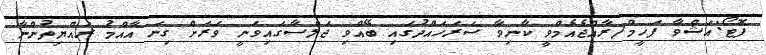
ފޮޓޯ:އަޝްވާ ފަހީމް/ރާއްޖެއެމްވީ ކާނިވާ ސަރަހައްދުގައި ބޭއްވި ޖަލްސާގައިވަނީ ވަރަށް ގިނަ އާއްމު ރައްޔިތުންނާ